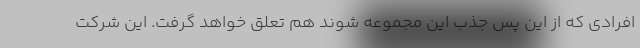
افرادی که از این پس جذب این مجموعه شوند هم تعلق خواهد گرفت. این شرکت